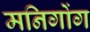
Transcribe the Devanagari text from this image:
मनिगोंग